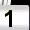
Digit: 1